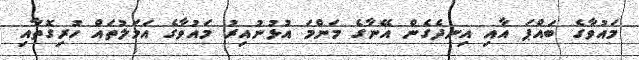
މައުވާގެ ބައްޕަ އާއި އިނދެގެން އޭނާގެ މަންމަ އުޅުނުއިރު މައުވާގެ އަމަލުތައް ހުރިގޮތާއި